Report on the lunatic asylums under the Government of Bombay - 1904-1913
Year: 1904
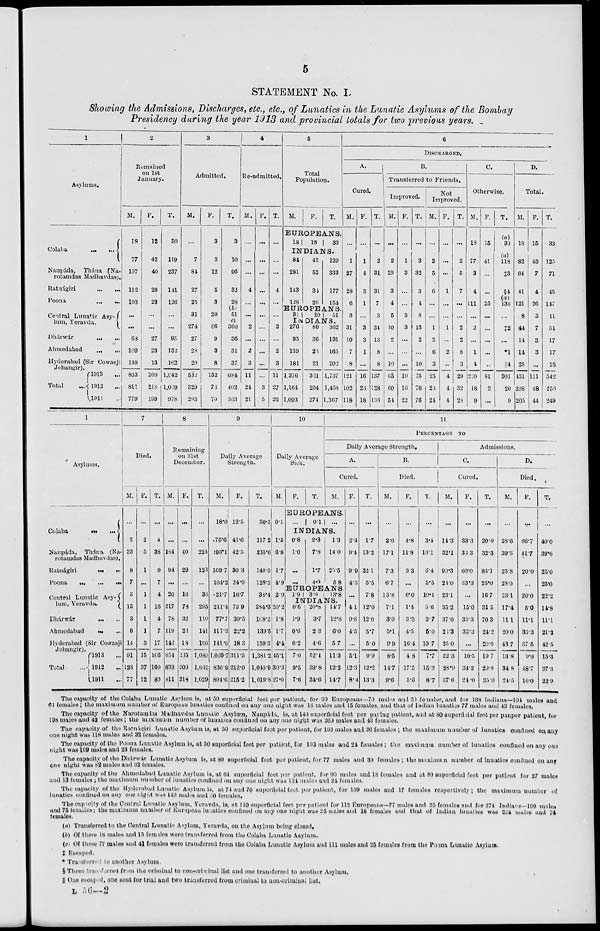
5
STATEMENT No. I.
Showing the Admissions, Discharges, etc., etc., of Lunatics in the Lunatic Asylums of the Bombay
Presidency during the year 1913 and provincial totals for two previous years.
1
Asylums.
Colaba
...
...
Naupáda, Thána (Na-
rotamdas Madhavdas).
Ratnágiri
...
...
Poona
...
...
Central Lunatic Asy-
lum, Yeravda.
Dhárwár ... ...
Ahmedabad
...
...
Hyderabad (Sir Cowasji
Jehangir).
Total
...
1913 ...
1912 ...
1911 ...
2
Remained
on 1st
January.
M.
18
77
197
112
103
...
...
68
109
149
833
811
779
F.
12
42
40
29
23
...
...
27
23
13
209
218
199
T.
30
119
237
141
126
...
...
95
132
162
1,042
1,029
978
3
Admitted.
M.
...
7
84
27
25
31
274
27
28
29
532
329
293
F.
3
3
12
5
3
20
86
9
3
8
152
73
70
T.
3
10
96
32
28
(b)
51
(c)
360 36
31
37
684
402
363
4
Re-admitted.
M.
...
...
...
4
...
...
2
...
2
3
11
24
21
F.
...
...
...
...
...
...
...
...
...
...
...
3
5
T.
...
...
...
4
...
...
2
...
2
3
11
27
26
5
Total
Population.
M.
F.
T.
EUROPEANS.
18
15
33
INDIANS.
84
281
143
128
45
52
34
26
129
333
177
154
EUROPEANS.
31
INDIANS.
276
93
139
181
1,376
1,164
1,093
86
36
23
21
331
294
274
362
131
165
202
1,737
1,458
1,367
6
DISCHARGED.
A.
Cured.
M.
...
1
27
28
6
3
31
10
7
8
121
102
118
F.
...
1
4
3
1
...
3
3
1
...
16
26
18
T.
...
2
31
31
7
3
34
13
8
8
137
128
136
B.
Transferred to Friends.
Improved.
M.
...
2
29
3
4
5
10
2
...
10
65
60
54
F.
...
1
3
...
...
3
3
...
...
...
10
16
22
T.
...
3
32
3
4
8
13
2
...
10
75
76
76
Not
Improved.
M.
...
2
5
6
...
...
1
2
6
3
25
28
24
F.
...
...
...
1
...
...
1
...
2
...
4
4
4
T.
...
2
5
7
...
...
2
2
8
3
29
32
28
C.
Otherwise.
M.
18
77
3
4
111
...
2
...
1
4
220
18
9
F.
15
41
...
...
25
...
...
...
...
...
81
2
...
T.
(a)
33
(a)
118 ‡3
§4
(a)
136
...
‡2
...
*1
║4
301
20
9
D.
Total.
M.
18
82
64
41
121
8
44
14
14
25
431
208
205
F.
15
43
7
4
26
3
7
3
3
...
111
48
44
T.
33
125
71
45
147
11
51
17
17
25
542
256
249
1
Asylums.
Colaba
...
...
Naupáda, Thána (Na-
rotamdas Madhavdas).
Ratnágiri
...
...
Poona ... ... ...
Central Lunatic Asy-
lum, Yeravda.
Dhárwár
...
...
Ahmedabad
...
...
Hyderabad (Sir Cowasji
Jehangir).
Total
...
1913
...
1912
...
1911 ...
7
Died.
M.
...
2
33
8
7
3
15
3
6
14
91
123
77
F.
...
2
5
1
...
1
1
1
1
3
15
37
12
T.
...
4
38
9
7
4
16
4
7
17
106
160
89
8
Remaining
on 31st
December.
M.
...
...
184
94
...
20
217
78
119
142
854
833
811
F.
...
...
40
29
...
16
78
32
22
18
235
209
218
T.
...
...
224
123
...
36
295
110
141
160
1,089
1,042
1,029
9
Daily Average
Strength.
M.
18.0
75.6
193.1
109.7
104.2
21.7
211.4
77.7
117.3
141.0
1,069.7
836.9
804.6
F.
12.5
41.6
42.5
30.3
24.0
16.7
72.9
30.5
22.2
18.3
311.5
212.0
215.2
T.
30.5
117.2
235.6
140.0
128.2
33.4
284.3
108.2
139.5
159.3
1,381.2
1,048.9
1,019.8
10
Daily Average
Sick.
M.
0.1
1.5
6.8
1.7
4.9
2.0
20.2
1.8
1.7
4.4
45.1
30.3
27.0
F.
T.
11
PERCENTAGE TO
Daily Average Strength.
A.
Cured.
M.
EUROPEANS.
... 0.1
...
INDIANS.
0.8
1.0
...
...
2.3
7.8
1.7
4.9
1.3
14.0
25.5
5.8
EUROPEANS.
1.9 3.9
13.8
INDIANS.
0.6
1.9
0.6
0.2
7.0
9.5
7.6
20.8
3.7
2.3
4.6
52.1
39.8
34.6
14.7
12.8
6.0
5.7
11.3
12.2
14.7
F.
...
2.4
9.4
9.9
4.3
...
4.1
9.8
4.5
...
5.1
12.3
8.4
T.
...
1.7
13.2
22.1
5.5
7.8
12.0
12.0
5.7
5.0
9.9
12.2
13.3
B.
Died.
M.
...
2.6
17.1
7.3
6.7
13.8
7.1
3.9
5.1
9.9
8.5
14.7
9.6
F.
...
4.8
11.8
3.3
...
6.0
1.4
3.3
4.5
16.4
4.8
17.5
5.6
T.
...
3.4
16.1
6.4
5.5
10.4
5.6
3.7
5.0
10.7
7.7
15.3
8.7
Admissions.
C.
Cured.
M.
...
14.3
32.1
90.3
24.0
23.1
35.2
37.0
26.3
25.0
22.3
28.9
37.6
F.
...
33.3
33.3
60.0
33.3
...
15.0
33.3
33.3
...
10.5
34.2
24.0
T.
...
20.0
32.3
86.1
25.0
16.7
31.5
70.3
24.2
20.0
19.7
29.8
35.0
D.
Died.
M.
...
28.6
39.3
25.8
28.0
23.1
17.4
11.1
20.0
43.7
16.8
84.8
24.5
F.
...
66.7
41.7
20.0
...
20.0
5.0
11.1
33.3
37.5
9.9
48.7
16.0
T.
...
40.0
39.6
25.0
25.0
22.2
14.8
11.1
21.2
42.5
15.3
37.3
22.9
The capacity of the Colaba Lunatic Asylum is, at 50 superficial feet per patient, for 90 Europeans—70 males and 20 females, and for 168 Indians—104 males and
64 females; the maximum number of European lunatics confined on any one night was 18 males and 15 females, and that of Indian lunatics 77 males and 43 females.
The capacity of the Narotamdas Madhavdas Lunatic Asylum. Naupáda, is, at 140 superficial feet per paying patient, and at 80 superficial feet per pauper patient, for
198 males and 42 females ; the maximum number of lunatics confined on any one night was 209 males and 43 females.
The capacity of the Ratnágiri Lunatic Asylum is, at 50 superficial feet per patient, for 108 males and 26 females ; the maximum number of lunatics confined on any
one night was 118 males and 32 females.
The capacity of the Poona Lunatic Asylum is, at 50 superficial feet per patient, for 103 males and 24 females ; the maximum number of lunatics confined on any one
night was 109 males and 23 females.
The capacity of the Dhárwár Lunatic Asylum is, at 80 superficial feet per patient, for 77 males and 30 females; the maximum number of lunatics confined on any
one night was 82 males and 32 females.
The capacity of the Ahmedabad Lunatic Asylum is, at 64 superficial feet per patient, for 90 males and 18 females and at 80 superficial feet per patient for 27 males
and 13 females ; the maximum number of lunatics confined on any one night was 124 males and 24 females.
The capacity of the Hyderabad Lunatic Asylum is, at 74 and 70 superficial feet per patient, for 159 males and 17 females respectively ; the maximum number of
lunatics confined on any one night was 149 males and 20 females.
The capacity of the Central Lunatic Asylum, Yeravda, is, at 110 superficial feet per patient for 112 Europeans—77 males and 35 females and for 274 Indians—199 males
and 75 females ; the maximum number of European lunatics confined on any one night was 25 males and 18 females and that of Indian lunatics was 224 males and 74
females.
(a) Transferred to the Central Lunatic Asylum, Yeravda, on the Asylum being closed.
(b) Of these 18 males and 15 females were transferred from the Colaba Lunatic Asylum.
(c)Of these 77 males and 41 females were transferred from the Colaba Lunatic Asylum and 111 males and 25 females from the Poona Lunatic Asylum.
‡ Escaped.
* Transferred to another Asylum.
§ Three transferred from the criminal to non-criminal list and one transferred to another Asylum.
║ One escaped, one sent for trial and two transferred from criminal to non-criminal list.
L 56—2